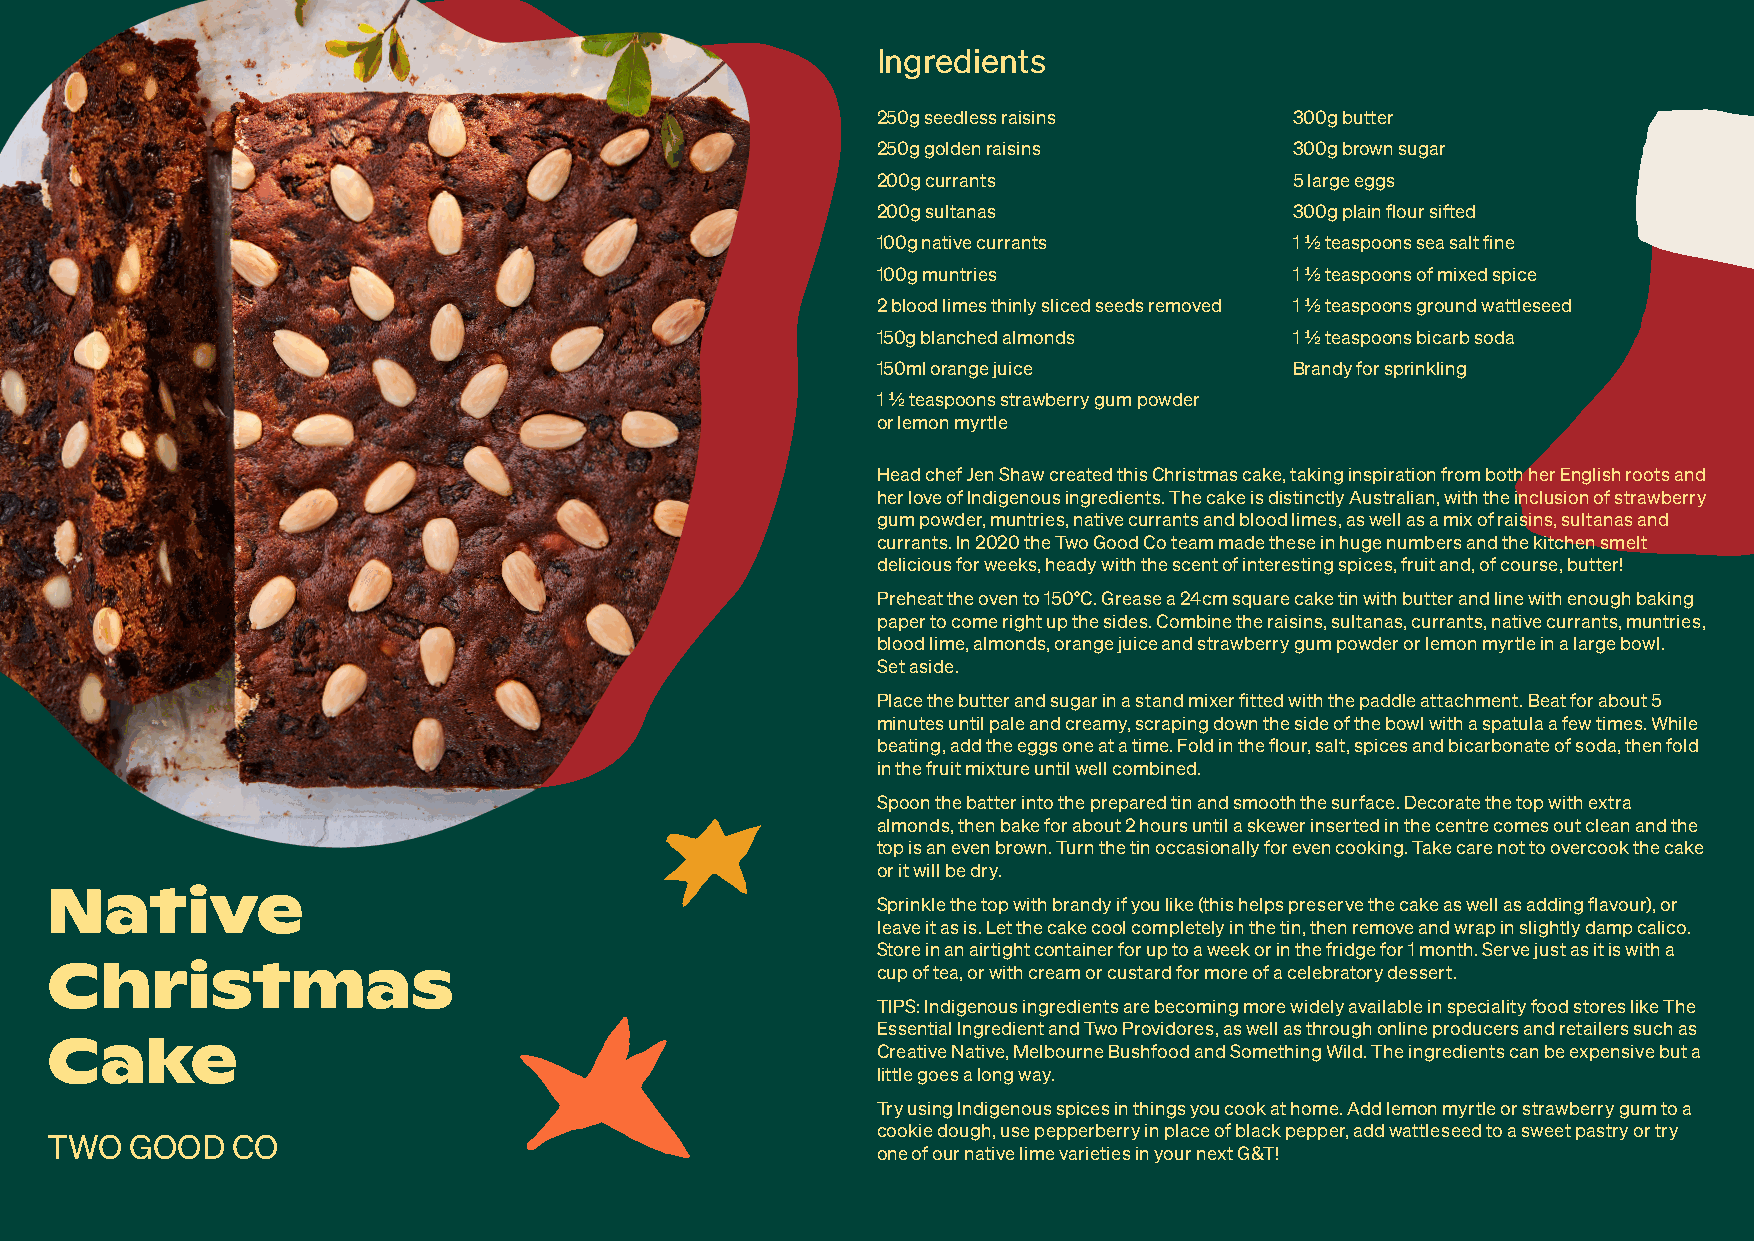
Ingredients
 250g seedless raisins       300g butter
 250g golden raisins         300g brown sugar
 200g currants               5 large eggs
 200g sultanas               300g plain flour sifted
 100g native currants        1 1/2 teaspoons sea salt fine
 100g muntries               1 1/2 teaspoons of mixed spice
 2 blood limes thinly sliced seeds removed 1 1/2 teaspoons ground wattleseed
 150g blanched almonds       1 1/2 teaspoons bicarb soda
 150ml orange juice          Brandy for sprinkling
 1 1/2 teaspoons strawberry gum powder
 or lemon myrtle
 Head chef Jen Shaw created this Christmas cake, taking inspiration from both her English roots and
 her love of Indigenous ingredients. The cake is distinctly Australian, with the inclusion of strawberry
 gum powder, muntries, native currants and blood limes, as well as a mix of raisins, sultanas and
 currants. In 2020 the Two Good Co team made these in huge numbers and the kitchen smelt
 delicious for weeks, heady with the scent of interesting spices, fruit and, of course, butter!
 Preheat the oven to 150°C. Grease a 24cm square cake tin with butter and line with enough baking
 paper to come right up the sides. Combine the raisins, sultanas, currants, native currants, muntries,
 blood lime, almonds, orange juice and strawberry gum powder or lemon myrtle in a large bowl.
 Set aside.
 Place the butter and sugar in a stand mixer fitted with the paddle attachment. Beat for about 5
 minutes until pale and creamy, scraping down the side of the bowl with a spatula a few times. While
 beating, add the eggs one at a time. Fold in the flour, salt, spices and bicarbonate of soda, then fold
 in the fruit mixture until well combined.
 Spoon the batter into the prepared tin and smooth the surface. Decorate the top with extra
 almonds, then bake for about 2 hours until a skewer inserted in the centre comes out clean and the
 top is an even brown. Turn the tin occasionally for even cooking. Take care not to overcook the cake
 or it will be dry.
 Native
 Sprinkle the top with brandy if you like (this helps preserve the cake as well as adding flavour), or
 leave it as is. Let the cake cool completely in the tin, then remove and wrap in slightly damp calico.
 Store in an airtight container for up to a week or in the fridge for 1 month. Serve just as it is with a
 Christmas                                              cup of tea, or with cream or custard for more of a celebratory dessert.
 TIPS: Indigenous ingredients are becoming more widely available in speciality food stores like The
 Essential Ingredient and Two Providores, as well as through online producers and retailers such as
 Cake
 Creative Native, Melbourne Bushfood and Something Wild. The ingredients can be expensive but a
 little goes a long way.
 Try using Indigenous spices in things you cook at home. Add lemon myrtle or strawberry gum to a
 cookie dough, use pepperberry in place of black pepper, add wattleseed to a sweet pastry or try
 TWO   GOOD  CO
 one of our native lime varieties in your next G&T!